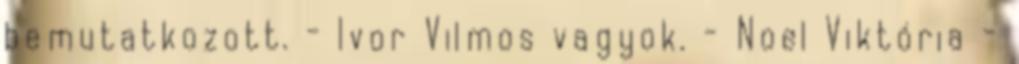
bemutatkozott. - Ivor Vilmos vagyok. - Noel Viktória -